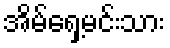
အိမ်ရှေ့မင်းသား